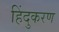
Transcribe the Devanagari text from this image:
हिंदुकरण